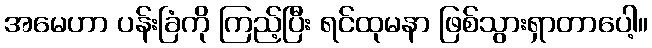
အမေဟာ ပန်းခြံကို ကြည့်ပြီး ရင်ထုမနာ ဖြစ်သွားရှာတာပေါ့။